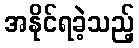
အနိုင်ရခဲ့သည့်